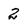
Character: 2